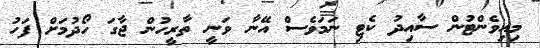
މިއިވެންޓުން ސާއިދު ކެޓި ނަމަވެސް އޭނާ ވަނީ ތާރީހުން ޖާގަ ހޯދުމަށް ފަހު